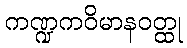
ကဏ္ဍကဝိမာနဝတ္ထု